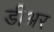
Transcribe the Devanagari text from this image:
डीअर